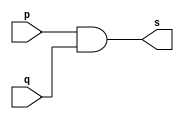
// ------------------------- 
// Exemplo0003 - AND 
// Nome: Marcio Enio G Dutra Junior 
// ------------------------- 
 
// ------------------------- 
// -- and gate 
// ------------------------- 
module andgate ( output s, input p, input q); 
	assign s = p & q; 
endmodule // andgate 
 
// --------------------- 
// -- test and gate 
// --------------------- 
module testandgate; 
// ------------------------- dados locais 
   reg   a, b; // definir registradores 
   wire  s;     // definir conexao (fio) 
// ------------------------- instancia 
   andgate AND1 (s, a, b); 
// ------------------------- preparacao 
   initial begin:start 
                   // atribuicao simultanea 
                   // dos valores iniciais 
      a=0; b=0; 
   end 
 
 
// ------------------------- parte principal 
 
   initial begin 
         $display("Exemplo0003 - Marcio Enio G Dutra Junior - 441698"); 
         $display("Test AND gate"); 
         $display("\na & b = s\n"); 
           a=0; b=0; 
  #1   $display("%b & %b = %b", a, b, s); 
           a=0; b=1; 
  #1   $display("%b & %b = %b", a, b, s); 
           a=1; b=0; 
  #1   $display("%b & %b = %b", a, b, s); 
           a=1; b=1; 
  #1   $display("%b & %b = %b", a, b, s); 
   end 
 
endmodule // testandgate